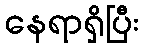
နေရာရှိပြီး